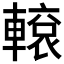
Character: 𨎊